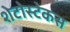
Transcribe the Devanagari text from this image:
शेटोस्टेकस